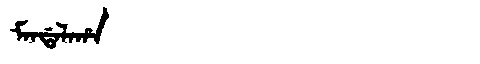
Manchu: ᠮᠠᠨᡩᠠᠯᠠᡥᠠ
Romanization: MANDALAHA